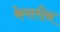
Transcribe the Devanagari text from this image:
केसरीन